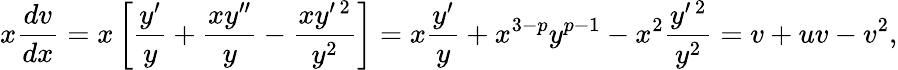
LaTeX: x\frac{dv}{dx}=x\left[\frac{y^{\prime}}{y}+\frac{xy^{\prime\prime}}{y}-\frac{xy^{\prime\, 2}}{y^{2}}\right]=x\frac{y^{\prime}}{y}+x^{3-p}y^{p-1}-x^{2}\frac{y^{\prime\, 2}}{y^{2}}=v+uv-v^{2},